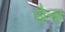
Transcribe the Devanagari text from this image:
छैन्ह